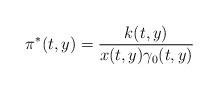
LaTeX: \begin{align*}\pi^*(t,y)=\frac{k(t,y)}{x(t,y)\gamma_0(t,y)}\end{align*}